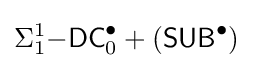
\Sigma _{1}^{1}{\mathsf {-DC}}_{0}^{\bullet }+({\mathsf {SUB}}^{\bullet })